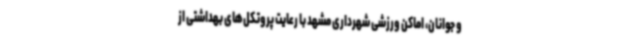
و جوانان، اماکن ورزشی شهرداری مشهد با رعایت پروتکل‌های بهداشتی از